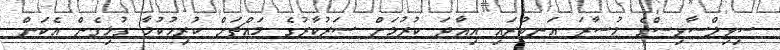
ސިވިލްސާވިސްގެ މުސާރަ އަނބުރައި އިއާދަ ކުރުމަށް ސަރުކާރުގެ މައްޗަށް ކުރިހުކުމާ ގުޅިގެން އެކަން